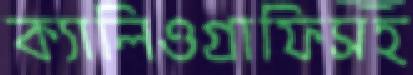
ক্যালিওগ্রাফিসহ